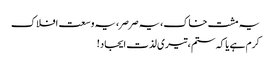
یہ مشت خاک، یہ صرصر، یہ وسعت افلاک
کرم ہے یا کہ ستم، تیری لذت ایجاد!